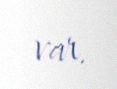
var.